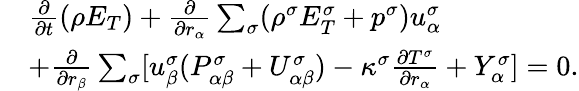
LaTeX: \begin{array}{r}{\begin{array}{rl}&{\frac{\partial}{\partial t}(\rho E_{T})+\frac{\partial}{\partial r_{\alpha}}\sum_{\sigma}(\rho^{\sigma}E_{T}^{\sigma}+p^{\sigma})u_{\alpha}^{\sigma}}\\ &{+\frac{\partial}{\partial r_{\beta}}\sum_{\sigma}[u_{\beta}^{\sigma}(P_{\alpha\beta}^{\sigma}+U_{\alpha\beta}^{\sigma})-\kappa^{\sigma}\frac{\partial T^{\sigma}}{\partial r_{\alpha}}+Y_{\alpha}^{\sigma}]=0.}\end{array}}\end{array}